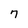
Character: 7